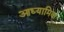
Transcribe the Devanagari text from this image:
आध्‍यामिक